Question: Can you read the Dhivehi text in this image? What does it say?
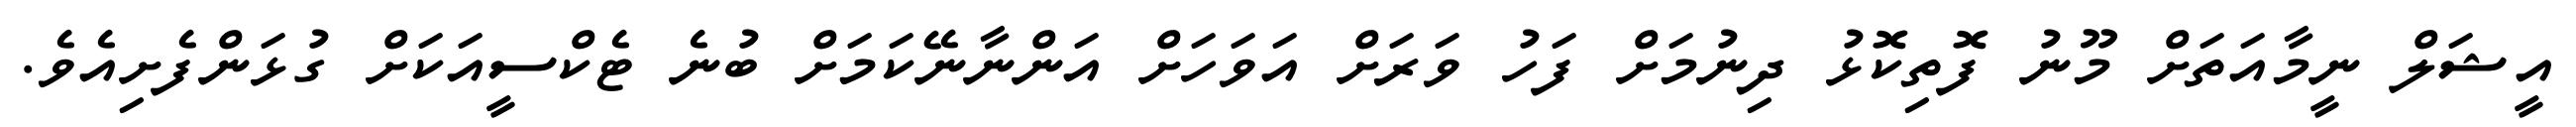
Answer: އީޝަލް ނީމާއަތަށް މޫނު ފޮތިކޮޅު ދިނުމަށް ފަހު ވަރަށް އަވަހަށް އަންނާނޭކަމަށް ބުނެ ޓެކްސީއަކަށް ގުޅަންފެށިއެވެ.